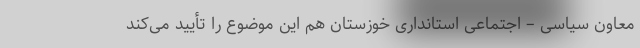
معاون سیاسی – اجتماعی استانداری خوزستان هم این موضوع را تأیید می‌کند